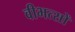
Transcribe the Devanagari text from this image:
वीभत्सों